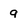
Character: 9